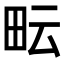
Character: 𤱂